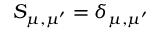
S _ { \mu , \mu ^ { \prime } } = \delta _ { \mu , \mu ^ { \prime } }